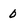
Character: 0